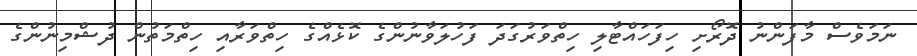
ނަމަވެސް މާފަންނު ދޮރޯށި ހިފަހައްޓާލި ހިތްވަރުގަދަ ފަހުލަވާނުންގެ ކޮޅެއްގެ ހިތްވަރާއި ހިތްމަތުން ދުޝްމިނުންގެ